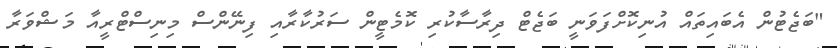
"ބަޖެޓުން އެބައިތައް އުނިކޮށްފަވަނީ ބަޖެޓް ދިރާސާކުރި ކޮމެޓީން ސަރުކާރާއި ފިނޭންސް މިނިސްޓްރީއާ މަޝްވަރާ